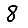
Digit: 8